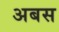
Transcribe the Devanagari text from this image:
अबस